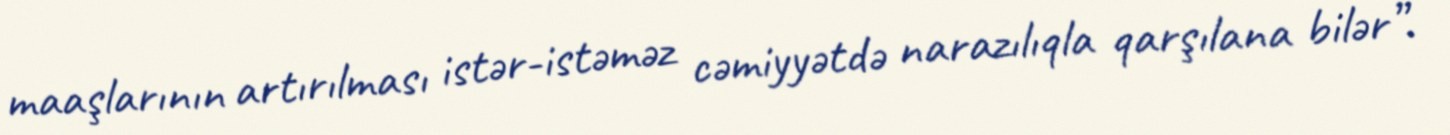
maaşlarının artırılması istər-istəməz cəmiyyətdə narazılıqla qarşılana bilər”.